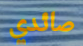
صائدي